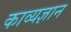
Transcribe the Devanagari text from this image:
काव्यज्ञान